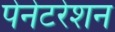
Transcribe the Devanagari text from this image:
पेनेटरेशन